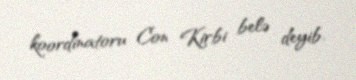
koordinatoru Con Kirbi belə deyib.